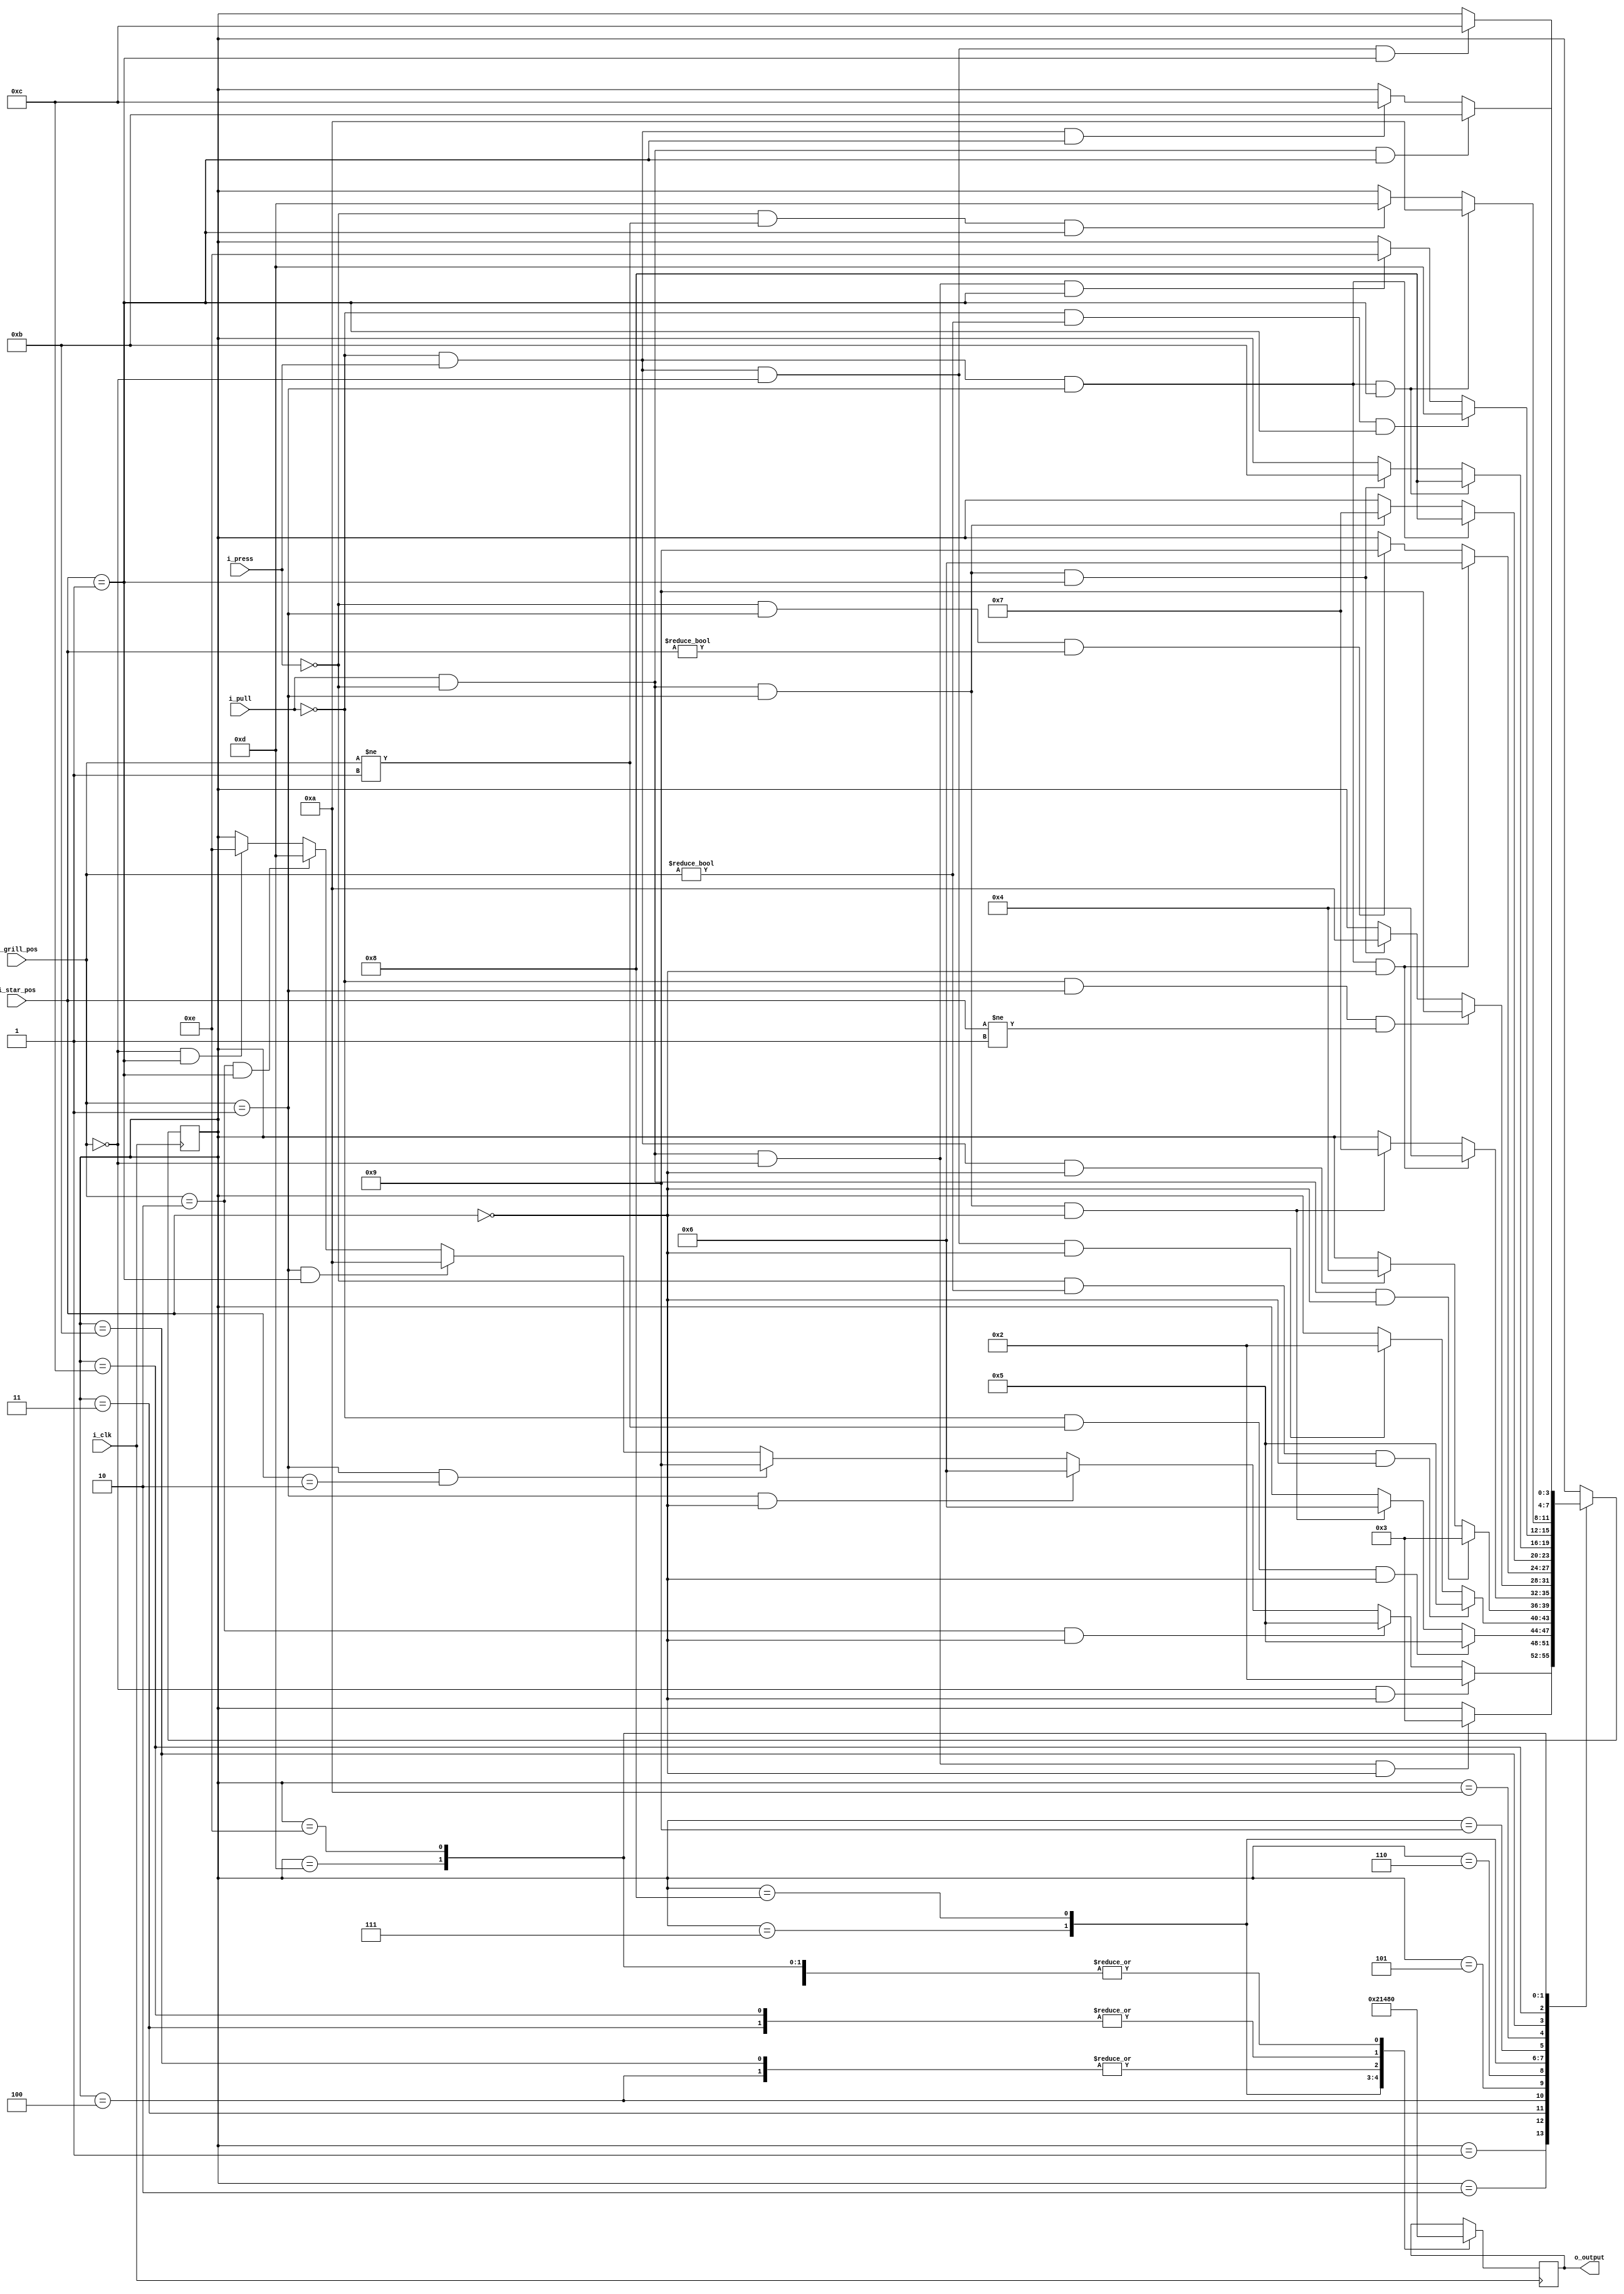
//Jakub Nowak 2021 - Star Hiding State Machine
//Press - hide the star, Pull - show the star
module Star_State_Machine (
    input i_clk,
    input i_press,
    input i_pull,
    input [1:0] i_grill_pos,
    input [1:0] i_star_pos,
    output [3:0] o_output
);
//Current State
reg [3:0] r_State;
//Out value
reg [3:0] r_out;                //_ _ _ _ - Siownik Przd, Siownik ty,Krokowy Przd, Krokowy Ty, 

//Avaiable States
localparam S1 = 4'b0001;        //Inicjalizacja
localparam S2 = 4'b0010;        //Stan pocztkowy, Gwiazda do gry
localparam S3 = 4'b0011;        //Otwieranie Grilla, Gwiazda do gry
localparam S4 = 4'b0100;        //Zamykanie Grilla, Gwiazda do gry
localparam S5 = 4'b0101;        //Ruch Grilla (STOP), Gwiazda do gry
localparam S6 = 4'b0110;        //Grill Otwarty, Gwiazda do gry
localparam S7 = 4'b0111;        //Grill Otwarty, Chowanie gwiazdy
localparam S8 = 4'b1000;        //Grill Otwarty, Wyjazd gwiazdy
localparam S9 = 4'b1001;        //Grill Otwarty, Ruch Gwiazdy (STOP)
localparam S10 = 4'b1010;       //Grill Otwarty, Gwiazda schowana
localparam S11 = 4'b1011;       //Zamykanie Grilla, Gwiazda schowana
localparam S12 = 4'b1100;       //Otwieranie Grilla, Gwiazda schowana
localparam S13 = 4'b1101;       //Ruch Grilla (STOP), Gwiazda schowana
localparam S14 = 4'b1110;       //Stan kocowy, Gwiazda schowana
//Output assignment
assign o_output = r_out;
//State Machine in always
always @(posedge i_clk) 
begin
    case (r_State)
        S1: r_out<= 4'b0;
        S2: r_out<= 4'b0;
        S3: r_out<= 4'b1000;
        S4: r_out<= 4'b0100;
        S5: r_out<= 4'b0;
        S6: r_out<= 4'b0;
        S7: r_out<= 4'b0010;
        S8: r_out<= 4'b0001;
        S9: r_out<= 4'b0;
        S10: r_out<= 4'b0;
        S11: r_out<= 4'b0100;
        S12: r_out<= 4'b1000;
        S13: r_out<= 4'b0;
        S14: r_out<= 4'b0;
    endcase
    case (r_State)
    S1:
    begin
        if(i_grill_pos == 2'b0 && i_star_pos == 2'b0)
        begin
            r_State <= S2;                              //Przejscie nr 1
        end
        else
        if(i_grill_pos == 2'b10 && i_star_pos == 2'b0)
        begin
            r_State <= S5;                              //Przejscie nr 2
        end
        else
        if(i_grill_pos == 2'b01 && i_star_pos == 2'b0)
        begin
            r_State <= S6;                              //Przejscie nr 3
        end
        else
        if(i_grill_pos == 2'b01 && i_star_pos == 2'b10)
        begin
            r_State <= S9;                              //Przejscie nr 4
        end
        else
        if(i_grill_pos == 2'b01 && i_star_pos == 2'b01)
        begin
            r_State <= S10;                             //Przejscie nr 5
        end
        else
        if(i_grill_pos == 2'b10 && i_star_pos == 2'b01)
        begin
            r_State <= S13;                             //Przejscie nr 6
        end
        else
        if(i_grill_pos == 2'b0 && i_star_pos == 2'b01)
        begin
            r_State <= S14;                             //Przejscie nr 7
        end
    end
    S2:
    begin
        if(i_pull == 1'b1 && i_press == 1'b0 && i_grill_pos == 2'b0 && i_star_pos == 2'b0)
        begin
            r_State <= S3;                              //Przejscie nr 9
        end
    end
    S3:
    begin
        if(i_pull == 1'b0 && i_grill_pos != 2'b01 && i_star_pos == 2'b0)
        begin
            r_State <= S5;                              //Przejscie nr 11
        end
        else
        if(i_pull == 1'b1 && i_press == 1'b0 && i_grill_pos == 2'b01 && i_star_pos == 2'b0)
        begin
            r_State <= S6;                              //Przejscie nr 12
        end
    end
    S4:
    begin
        if(i_press == 1'b0 && i_grill_pos != 2'b0 && i_star_pos == 2'b0)
        begin
            r_State <= S5;                              //Przejscie nr 14
        end
        else
        if(i_pull == 1'b0 && i_press == 1'b1 && i_grill_pos == 2'b0 && i_star_pos == 2'b0)
        begin
            r_State <= S2;                              //Przejscie nr 15
        end
    end
    S5:
    begin
        if(i_pull == 1'b1 && i_press == 1'b0 && i_star_pos == 2'b0)
        begin
            r_State <= S3;                              //Przejscie nr 17
        end
        else
        if(i_pull == 1'b0 && i_press == 1'b1 && i_star_pos == 2'b0)
        begin
            r_State <= S4;                              //Przejscie nr 18  
        end
    end
    S6:
    begin
        if(i_pull == 1'b0 && i_press == 1'b1 && i_grill_pos == 2'b01 && i_star_pos == 2'b0)
        begin
            r_State <= S4;                              //Przejscie nr 20
        end
        else
        if(i_pull == 1'b1 && i_press == 1'b0 && i_grill_pos == 2'b01 && i_star_pos == 2'b0)
        begin
            r_State <= S7;                              //Przejscie nr 21
        end
    end
    S7:
    begin
        if(i_pull == 1'b0 && i_grill_pos == 2'b01 && i_star_pos != 2'b01)
        begin
            r_State <= S9;                              //Przejscie nr 23
        end
        else
        if(i_pull == 1'b1 && i_press == 1'b0 && i_grill_pos == 2'b01 && i_star_pos == 2'b01)
        begin
            r_State <= S10;                             //Przejscie nr 24
        end
    end
    S8:
    begin
        if(i_pull == 1'b0 && i_press == 1'b1 && i_grill_pos == 2'b01 && i_star_pos == 2'b0)
        begin
            r_State <= S6;                              //Przejscie nr 26
        end
        else
        if(i_press == 1'b0 && i_grill_pos == 2'b01 && i_star_pos != 2'b0)
        begin
            r_State <= S9;                              //Przejscie nr 27
        end
    end
    S9:
    begin
        if(i_pull == 1'b0 && i_press == 1'b1 && i_grill_pos == 2'b01)
        begin
            r_State <= S8;                              //Przejscie nr 29
        end
        else
        if(i_pull == 1'b1 && i_press == 1'b0 && i_grill_pos == 2'b01)
        begin
            r_State <= S7;                              //Przejscie nr 30
        end
    end
    S10:
    begin
        if(i_pull == 1'b0 && i_press == 1'b1 && i_grill_pos == 2'b01 && i_star_pos == 2'b01)
        begin
            r_State <= S8;                              //Przejscie nr 32
        end
        else
        if(i_pull == 1'b1 && i_press == 1'b0 && i_grill_pos == 2'b01 && i_star_pos == 2'b01)
        begin
            r_State <= S11;                             //Przejscie nr 33
        end
    end
    S11:
    begin
        if(i_pull == 1'b0 && i_grill_pos != 2'b0 && i_star_pos == 2'b01)
        begin
            r_State <= S13;                             //Przejscie nr 35
        end
        else
        if(i_pull == 1'b1 && i_press == 1'b0 && i_grill_pos == 2'b0 && i_star_pos == 2'b01)
        begin
            r_State <= S14;                             //Przejscie nr 36
        end
    end
    S12:
    begin
        if(i_pull == 1'b0 && i_press == 1'b1 && i_grill_pos == 2'b01 && i_star_pos == 2'b01)
        begin
            r_State <= S10;                             //Przejscie nr 38
        end
        else
        if(i_press == 1'b0 && i_grill_pos != 2'b01 && i_star_pos == 2'b01)
        begin
            r_State <= S13;                             //Przejscie nr 39
        end
    end
    S13:
    begin
        if(i_pull == 1'b1 && i_press == 1'b0&& i_star_pos == 2'b01)
        begin
            r_State <= S11;                             //Przejscie nr 41
        end
        else
        if(i_pull == 1'b0 && i_press == 1'b1 && i_star_pos == 2'b01)
        begin
            r_State <= S12;                             //Przejscie nr 42
        end
    end
    S14:
    begin
        if(i_pull == 1'b0 && i_press == 1'b1 && i_grill_pos == 2'b0 && i_star_pos == 2'b01)
        begin
            r_State <= S12;
        end
    end  
    endcase
end
endmodule